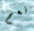
نعم